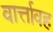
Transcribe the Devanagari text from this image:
वार्त्तावह